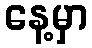
နေ့မှာ